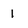
Character: 1